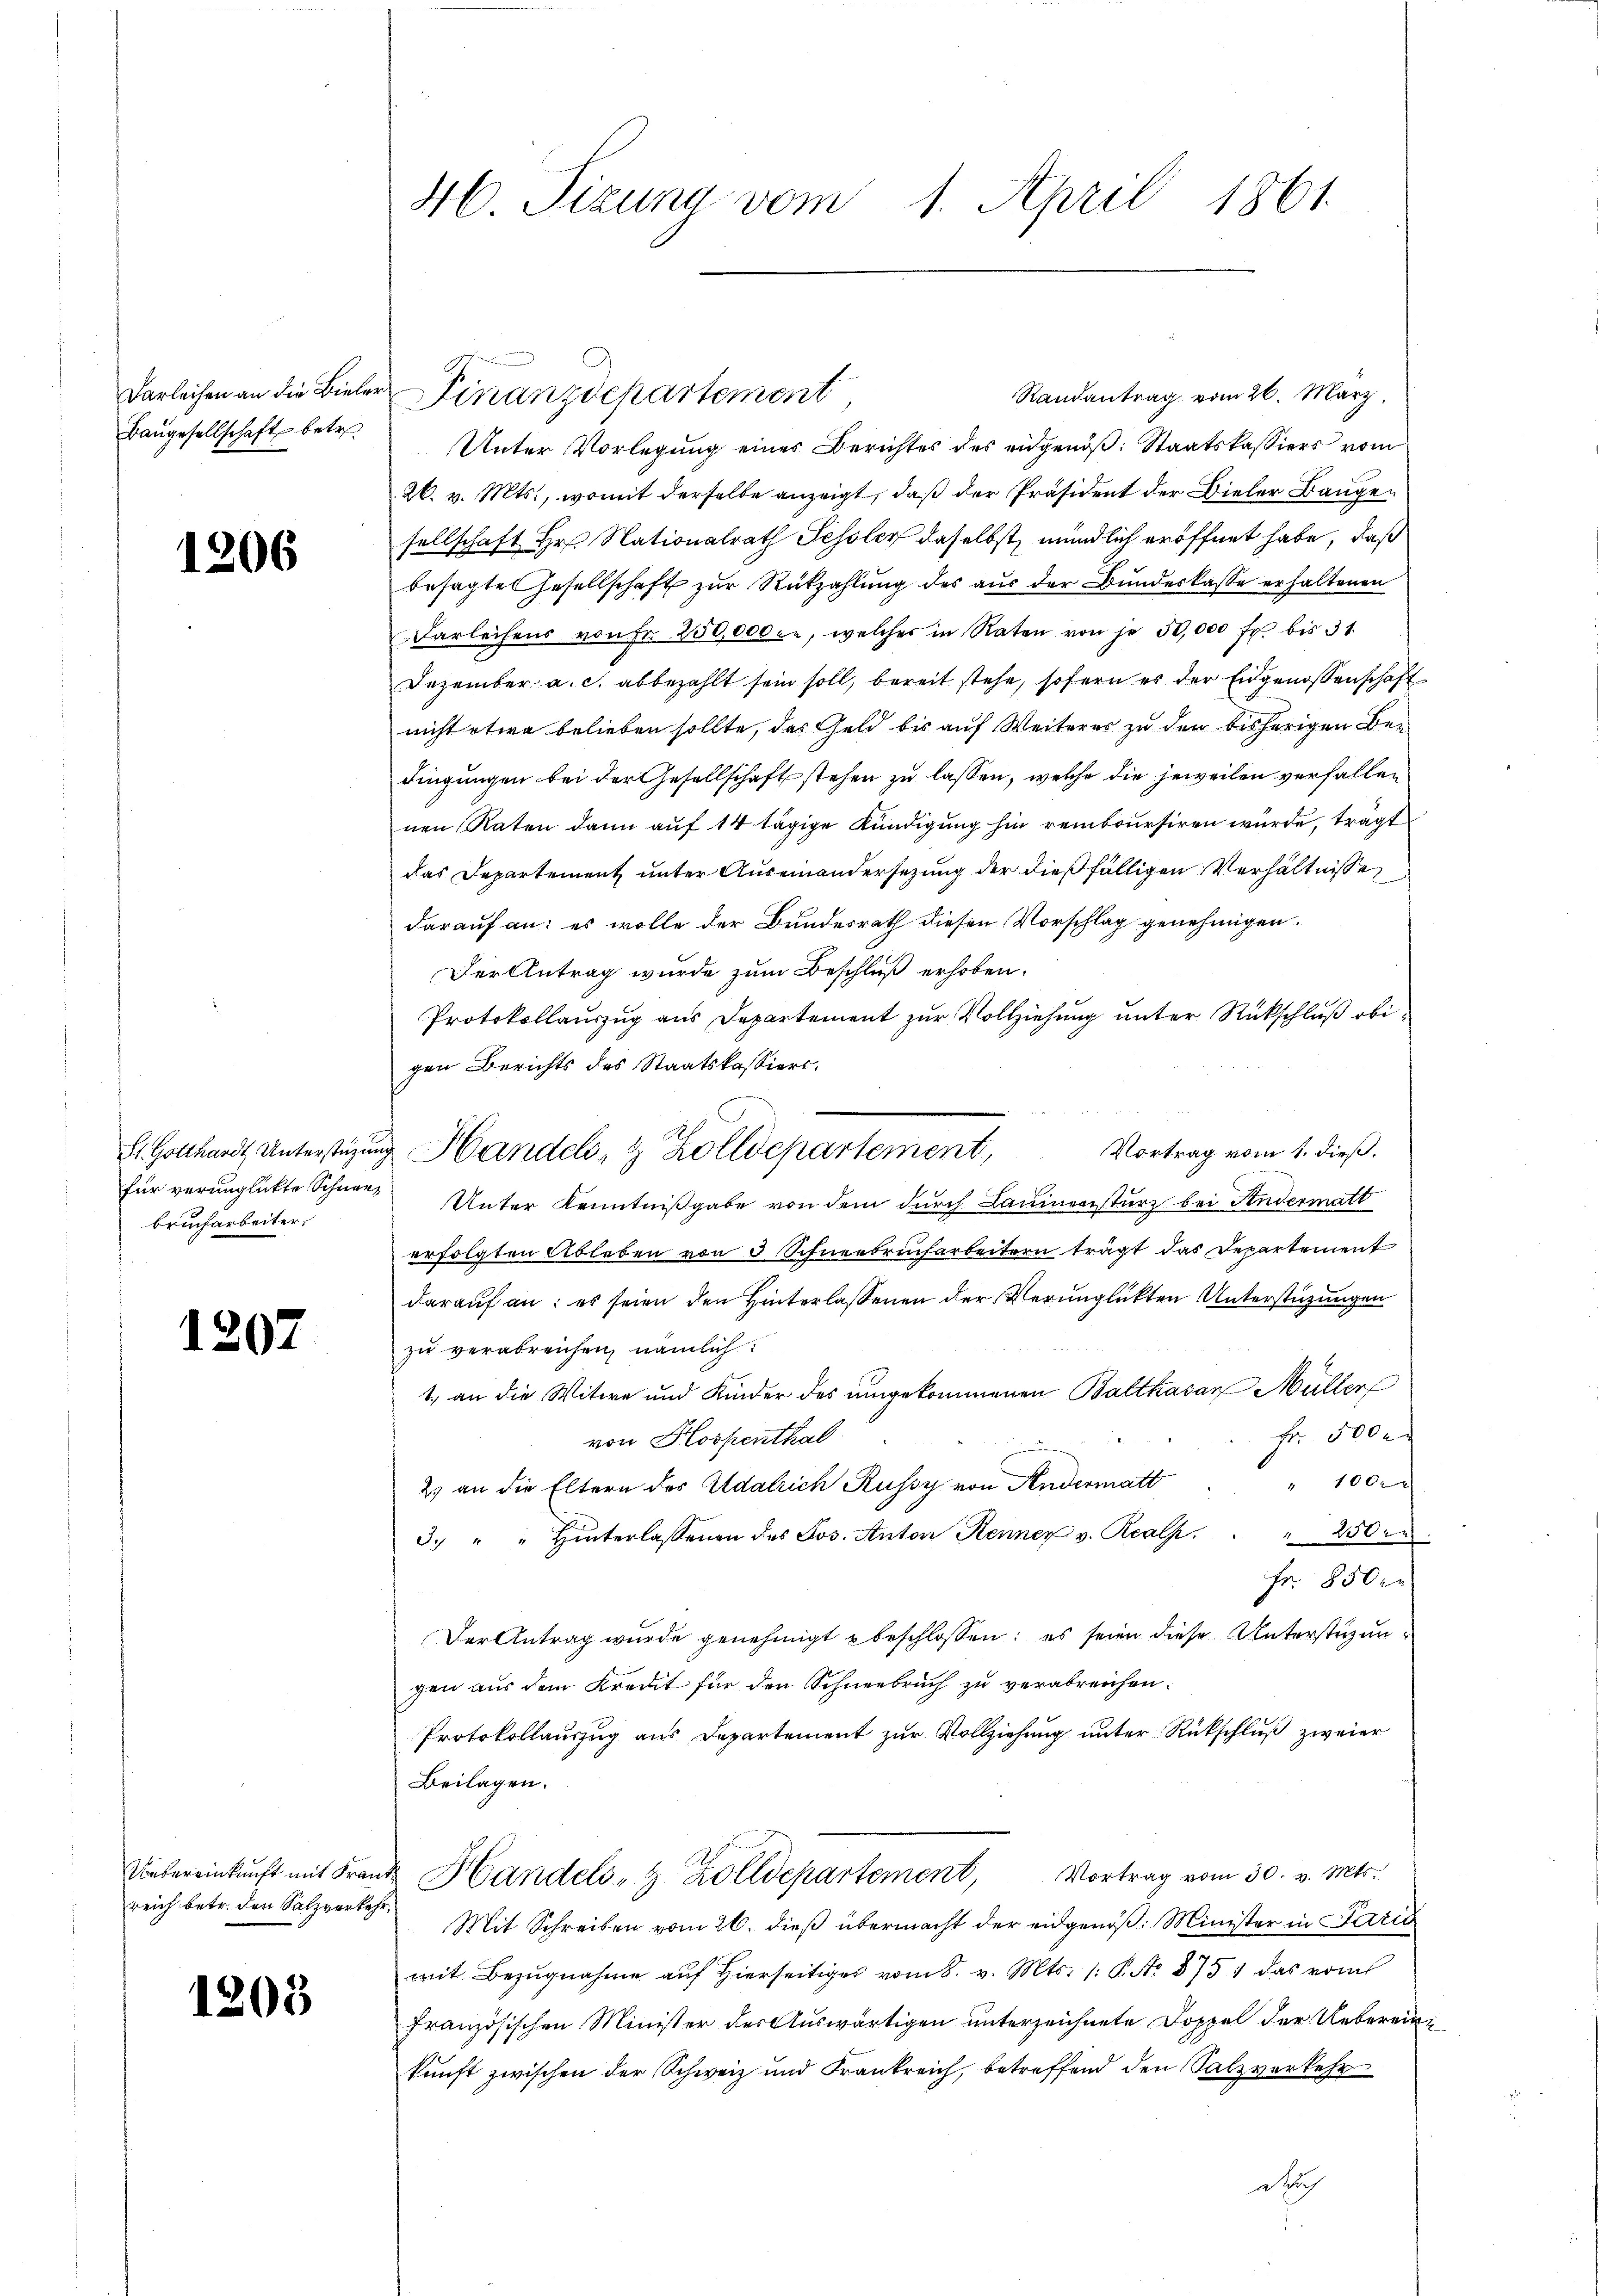
Baugesellschaft betr

1206

brucharbeiter

1207

reich betr. den Salzverkehr,

1203

46. Sizung vom 1. April 1861

Darleihen an die Bieler Finanzdepartement
Randantrag vom 26. März.
Unter Vorlegung eines Berichtes des eidgenöß: Staatskassiers vom
26. v. Mts., womit derselbe anzeigt, daß der Präsident der Bieler Baugen
sellschaft Hr. Nationalrath Fessler daselbst, mündlich eröffnet habe, daß
besagte Gesellschaft zur Rückzahlung des aus der Bundeskasse erhaltenen
Darleihens von Fr. 250,000 an, welcher in Raten von je 30,000 fr. bis 31.
Dezember a. c. abbezahlt sein soll, bereit stehe, sofern es der Eidgenossenschaft
nicht etwa belieben sollte, das Geld bis auf Weiteres zu den bisherigen Be-
dingungen bei der Gesellschaft stehen zu lassen, welche die jeweilen verfallen
nen Raten dann auf 14 tägige Kündigung hin remboursiren würde, trägt
das Departement unter Auseinandersezung der dießfälligen Verhältnisse
darauf an: es wolle der Bundesrath diesen Vorschlag genehmigen.
Der Antrag wurde zum Beschluß erhoben.
Protokollauszug aus Departement zur Vollziehung unter Rückschluß obigen Berichts des Staatskassiers.
Vortrag vom 1. dieß.
Sl. Gotthardt Unterstüzung Handels- & Zolldepartement,
für verunglickte Schnee, Unter Kenntnißgabe von dem durch Launersturz bei Studermatt
erfolgten Ableben von 3 Schneebrucharbeitern trägt das Departement
darauf an: es seien den Hinterlassenen der Verunglükten Unterstützungen
zu verabreichen, nämlich
1. an die Witwe und Kinder des umgekommenen Balthasar Müller
Fr. 500
von Hospenthal
" 1000
2) an die Eltern des Adalrich Russy von Andermatt
3. " " Hinterlassenen des Jos. Anton Kenner v. Realp    "  250 er
Fr. 850
Der Antrag wurde genehmigt beschlossen: es seien diese Unterstüzung
gen aus dem Kreut für den Schneebruch zu verabreichen.
Protokollauszug aus Departement zur Vollziehung unter Rückschluß zweier
Beilagen.
Uebereinkunft mit Franz Handels- & Zolldepartement, Vortrag vom 30. v. Mts.
Mit Schreiben vom 26. dieß übermacht der eidgenöß: Minister in Paris
mit Bezugnahme auf Hierseitiges vom 8. v. Mts. 1. P. No 8751 das vom
französischen Minister der Auswärtigen unterzeichnete Doppel der Uebereinkunft zwischen der Schweiz und Frankreich, betreffend den Salzverkehr